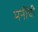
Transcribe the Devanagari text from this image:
मनींची